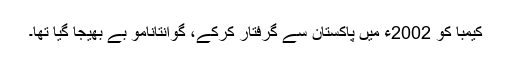
کیمبا کو 2002ء میں پاکستان سے گرفتار کرکے، گوانتانامو بے بھیجا گیا تھا۔